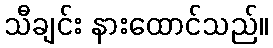
သီချင်း နားထောင်သည်။